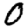
Digit: 0